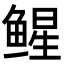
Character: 𬶢